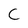
Character: C